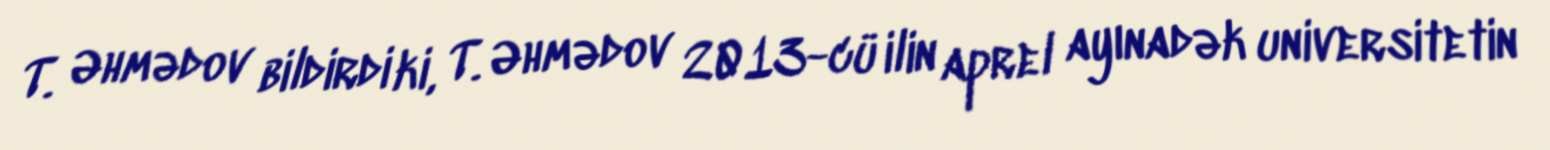
T. Əhmədov bildirdi ki, T. Əhmədov 2013-cü ilin aprel ayınadək universitetin